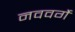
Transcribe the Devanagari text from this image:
नववर्गे